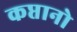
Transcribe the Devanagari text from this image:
कप्तानो